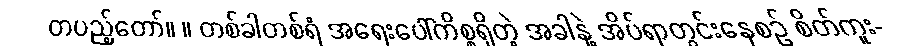
တပည့်တော်။ ။ တစ်ခါတစ်ရံ အရေးပေါ်ကိစ္စရှိတဲ့ အခါနဲ့ အိပ်ရာတွင်းနေစဉ် စိတ်ကူး-